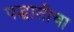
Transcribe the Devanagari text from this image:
पद्धातीचा